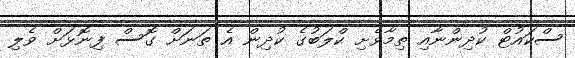
ސްކައުޓް ކުދިންނާއި ތިމާވެށި ކްލަބުގެ ކުދިން އެ ތަނަށް ގޮސް ފިނޮޅަށް ވެލި